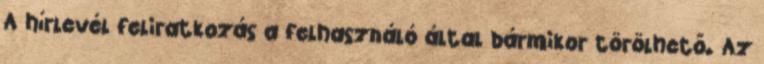
A hírlevél feliratkozás a felhasználó által bármikor törölhető. Az